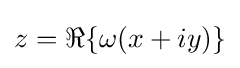
z=\Re \{\omega (x+iy)\}